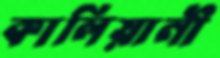
কালিয়ানী